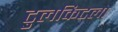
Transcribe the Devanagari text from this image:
टुलकिटला